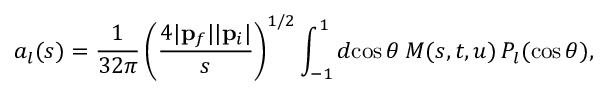
a _ { l } ( s ) = \frac { 1 } { 3 2 \pi } \left( \frac { 4 | { \bf p } _ { f } | | { \bf p } _ { i } | } { s } \right) ^ { 1 / 2 } \int _ { - 1 } ^ { 1 } d \! \cos \theta \: M ( s , t , u ) \: P _ { l } ( \cos \theta ) ,